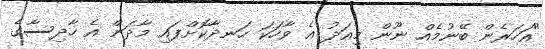
"އަހަރެން ބޭނުމެއް ނޫން މިއަދު އެ ވާހަކަ ހަނދާކޮށްފައި މާދަން އެ ހާދިސާގެ